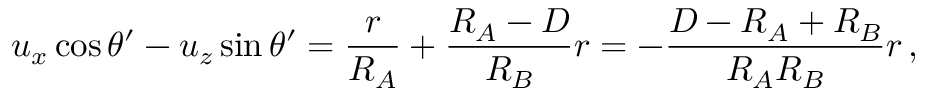
u _ { x } \cos \theta ^ { \prime } - u _ { z } \sin \theta ^ { \prime } = { \frac { r } { R _ { A } } } + { \frac { R _ { A } - D } { R _ { B } } } r = - { \frac { D - R _ { A } + R _ { B } } { R _ { A } R _ { B } } } r \, ,